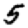
Digit: 5